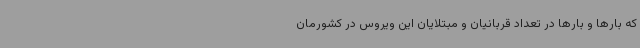
که بارها و بارها در تعداد قربانیان و مبتلایان این ویروس در کشورمان